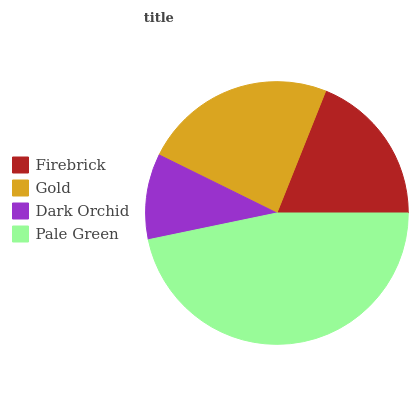
| Firebrick | Gold | Dark Orchid | Pale Green |
 | --- | --- | --- | --- |
 | 18.9% | 23.7% | 10.6% | 46.8% |